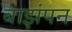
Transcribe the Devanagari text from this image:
बाझंपन